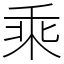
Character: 乘